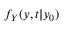
f _ { Y } ( y , t \vert y _ { 0 } )